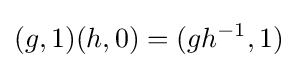
(g,1)(h,0)=(gh^{-1},1)